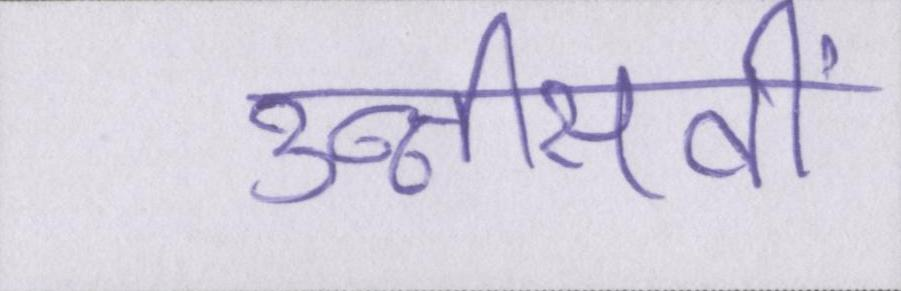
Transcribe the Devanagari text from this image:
उन्नीसवीं